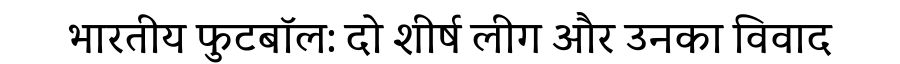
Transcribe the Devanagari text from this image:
भारतीय फुटबॉल: दो शीर्ष लीग और उनका विवाद